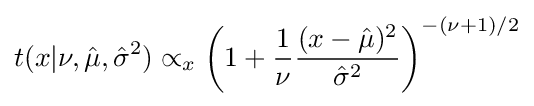
t(x|\nu ,{\hat {\mu }},{\hat {\sigma }}^{2})\propto _{x}\left(1+{\frac {1}{\nu }}{\frac {(x-{\hat {\mu }})^{2}}{{\hat {\sigma }}^{2}}}\right)^{-(\nu +1)/2}